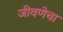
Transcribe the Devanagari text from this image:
जीवणेचा